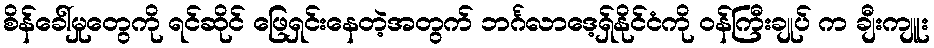
စိန်ခေါ်မှုတွေကို ရင်ဆိုင် ဖြေရှင်းနေတဲ့အတွက် ဘင်္ဂလာဒေ့ရှ်နိုင်ငံကို ဝန်ကြီးချုပ် က ချီးကျူး